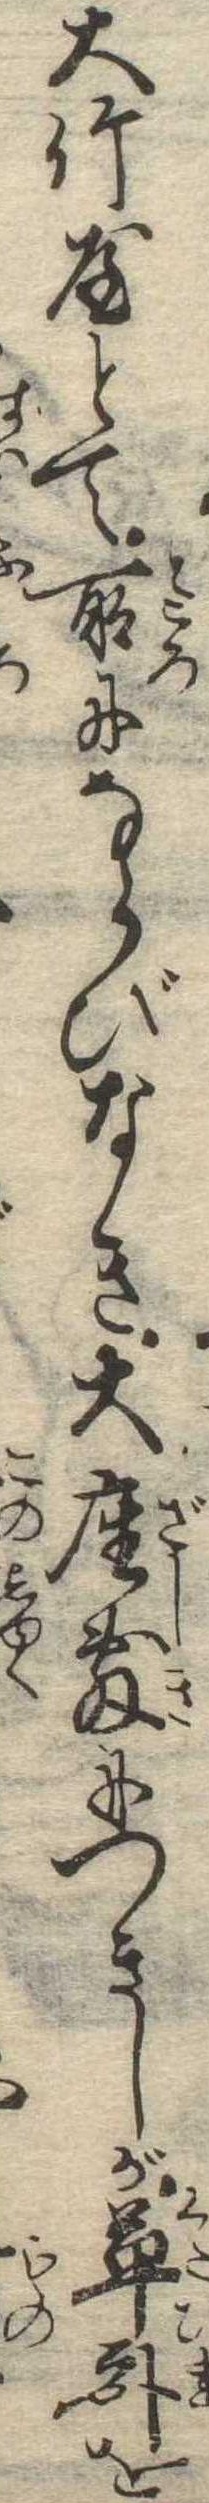
大竹屋とて所にならびなき大座敷につきしが草臥を